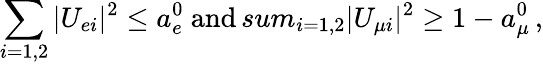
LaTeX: \sum_{i=1,2}|U_{ei}|^{2}\leq a_{e}^{0}\ \mathrm{and}\, sum_{i=1,2}|U_{{\mu}i}|^{2}\geq 1-a_{\mu}^{0}\, ,